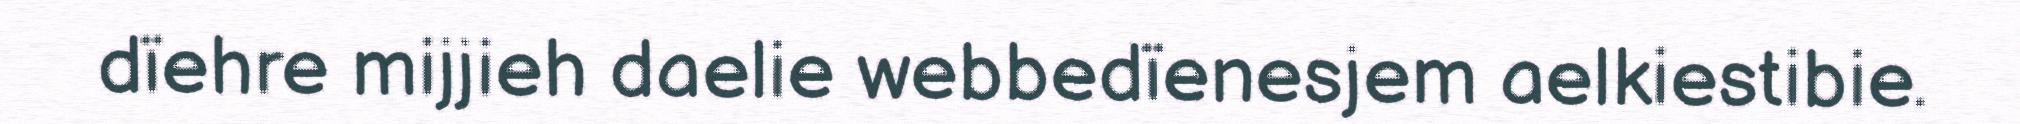
dïehre mijjieh daelie webbedïenesjem aelkiestibie.